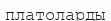
платоларды